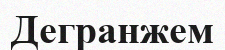
Дегранжем